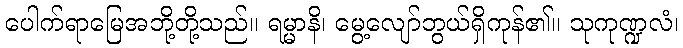
ပေါက်ရာမြေအဘို့တို့သည်။ ရမ္မာနိ၊ မွေ့လျော်ဘွယ်ရှိကုန်၏။ သုကုဏ္ဍလံ၊